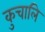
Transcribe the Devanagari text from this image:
कुचालि